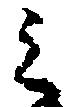
之